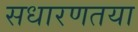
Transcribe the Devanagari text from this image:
सधारणतया